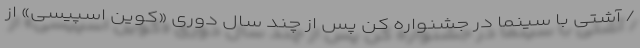
/ آشتی با سینما در جشنواره کن پس از چند سال دوری «کوین اسپیسی» از